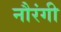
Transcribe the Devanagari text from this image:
नौरंगी